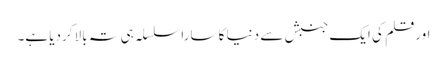
اورقلم کی ایک جنبش سے دنیا کا سارا سلسلہ ہی تہ بالا کردیا ہے۔